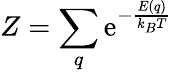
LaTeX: Z=\sum_{q}\mathrm{e}^{-{\frac{E(q)}{k_{B}T}}}